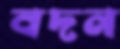
বদন